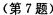
(第7题)